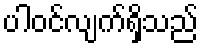
ပါဝင်လျက်ရှိသည်